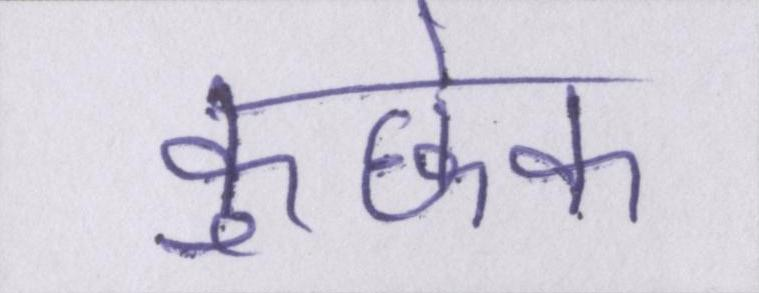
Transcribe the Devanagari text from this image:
कुछेक